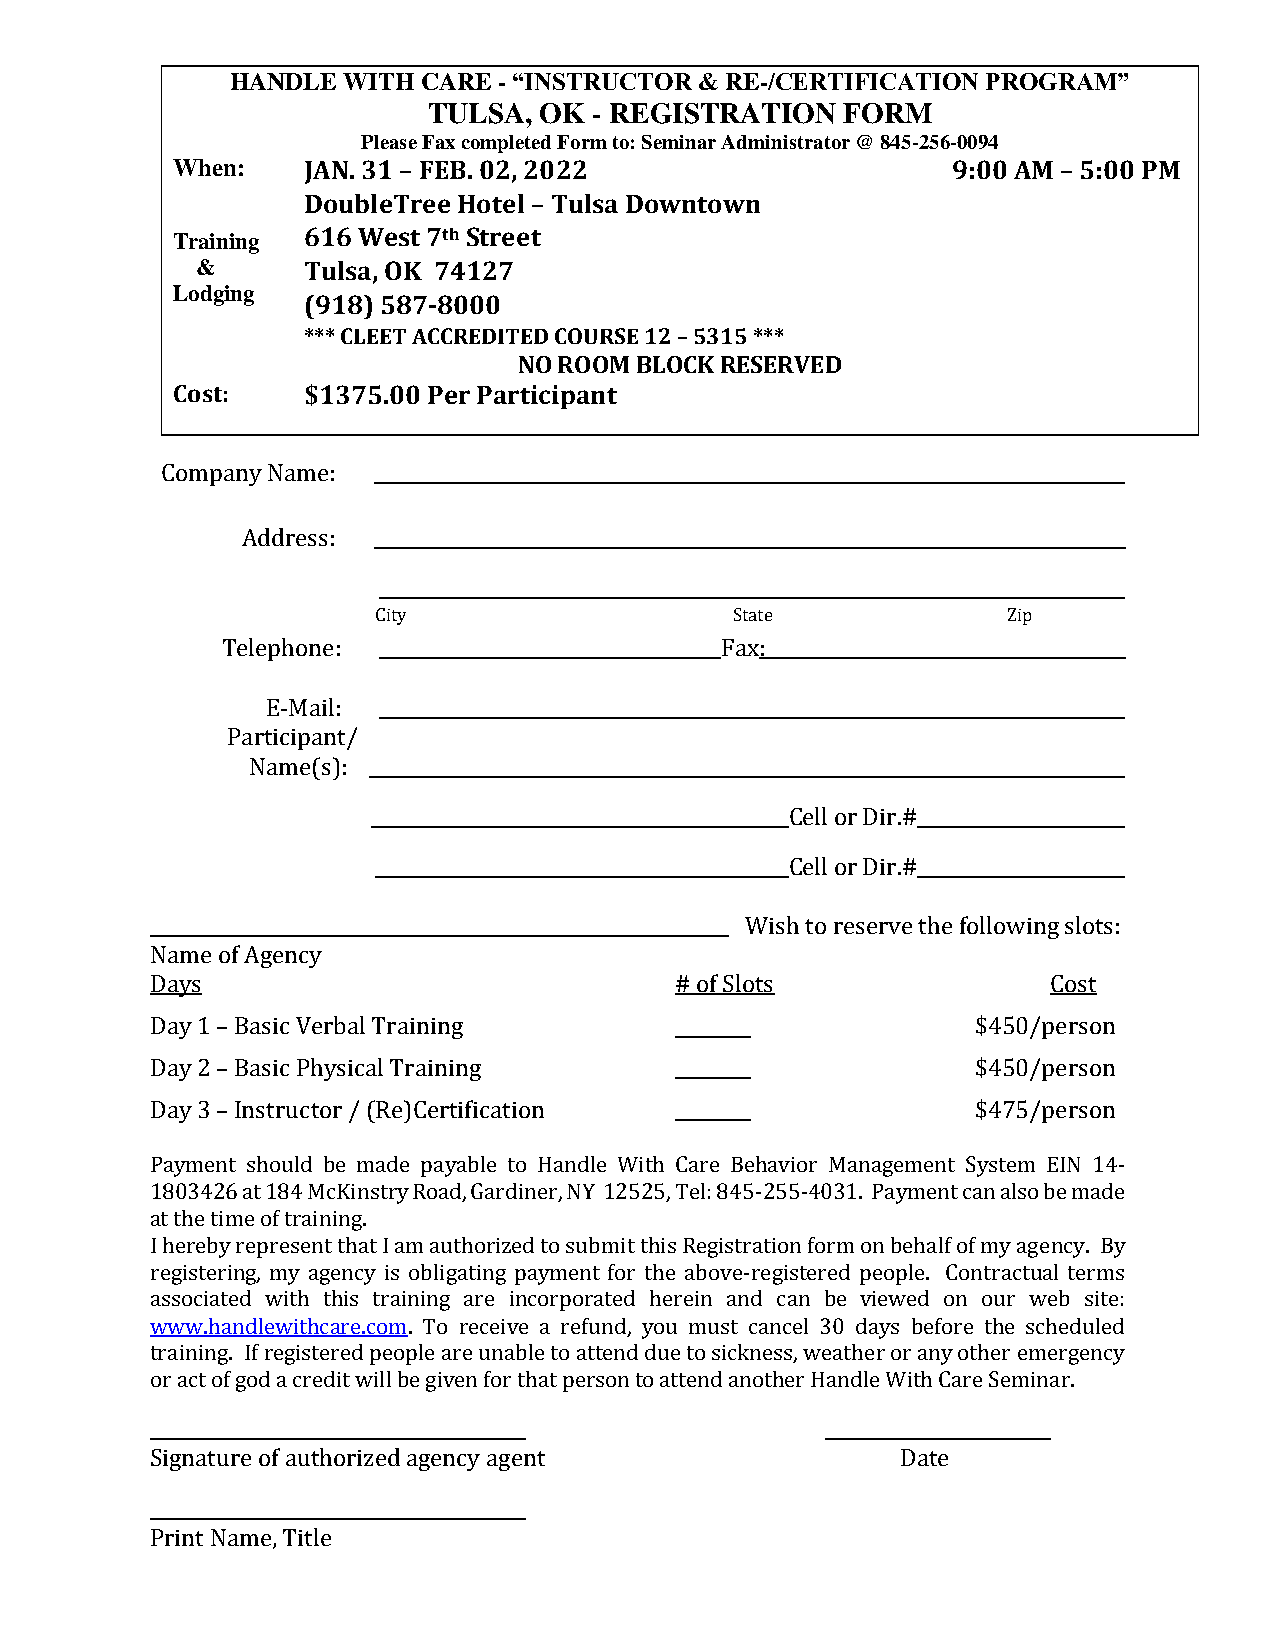
HANDLE  WITH CARE - “INSTRUCTOR & RE-/CERTIFICATION PROGRAM”
 TULSA,  OK - REGISTRATION   FORM
 Please Fax completed Form to: Seminar Administrator @ 845-256-0094
 When:    JAN. 31 – FEB. 02, 2022                    9:00 AM – 5:00 PM
 DoubleTree Hotel – Tulsa Downtown
 Training 616 West 7th Street
 &      Tulsa, OK 74127
 Lodging
 (918) 587-8000
 *** CLEET ACCREDITED COURSE 12 – 5315 ***
 NO ROOM BLOCK RESERVED
 Cost:    $1375.00 Per Participant
 Company Name:
 Address:
 City                    State             Zip
 Telephone:                       Fax:
 E-Mail:
 Participant/
 Name(s):
 Cell or Dir.# ______________
 Cell or Dir.# ______________
 Wish to reserve the following slots:
 Name of Agency
 Days                               # of Slots               Cost
 Day 1 – Basic Verbal Training                          $450/person
 Day 2 – Basic Physical Training                        $450/person
 Day 3 – Instructor / (Re)Certification                 $475/person
 Payment should be made payable to Handle With Care Behavior Management System EIN 14-
 1803426 at 184 McKinstry Road, Gardiner, NY 12525, Tel: 845-255-4031. Payment can also be made
 at the time of training.
 I hereby represent that I am authorized to submit this Registration form on behalf of my agency. By
 registering, my agency is obligating payment for the above-registered people. Contractual terms
 associated with this training are incorporated herein and can be viewed on our web site:
 www.handlewithcare.com. To receive a refund, you must cancel 30 days before the scheduled
 training. If registered people are unable to attend due to sickness, weather or any other emergency
 or act of god a credit will be given for that person to attend another Handle With Care Seminar.
 Signature of authorized agency agent              Date
 Print Name, Title